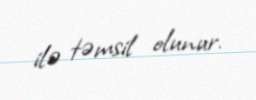
ilə təmsil olunur.